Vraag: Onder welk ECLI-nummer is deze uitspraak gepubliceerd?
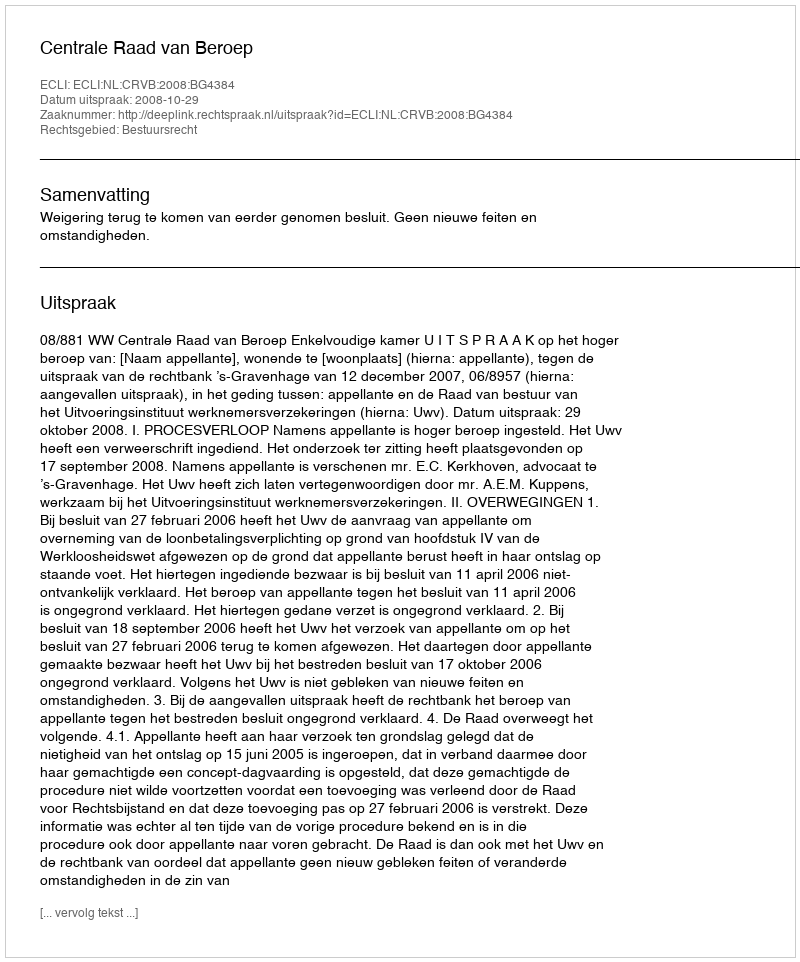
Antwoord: ECLI:NL:CRVB:2008:BG4384